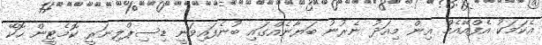
އެކަމަކު އެފްއޭއެމް އިން މިއަދު ނެރުނު ބަޔާނެއްގައި ބުނެފައިވަނީ ޑިސިޕްލިނަރީ ކޮމެޓީން ހޮކޭ